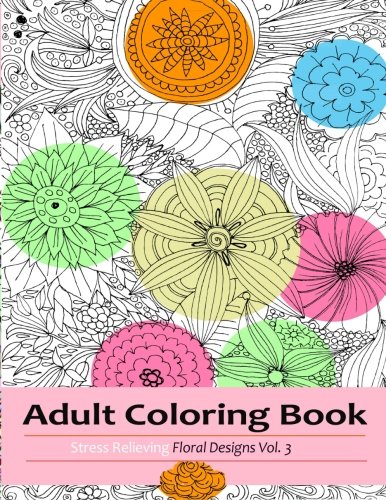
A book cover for Adult Coloring Books: Stress Relieving flowers and Butterflies Designs (Amazing Flower Designs ) (Volume 3); Coloring Books for grownups; Arts & Photography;